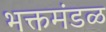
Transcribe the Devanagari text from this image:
भक्तमंडळ